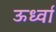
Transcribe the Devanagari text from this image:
ऊर्ध्वा